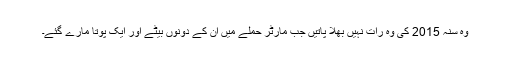
وہ سنہ 2015 کی وہ رات نہیں بھلا پاتیں جب مارٹر حملے میں ان کے دونوں بیٹے اور ایک پوتا مارے گئے۔